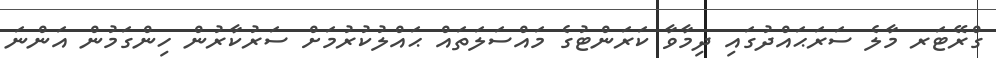
ގްރޭޓަރ މާލެ ސަރަޙައްދުގައި ދިމާވާ ކަރަންޓުގެ މައްސަލަތައް ޙައްލުކުރުމަށް ސަރުކާރުން ހިންގަމުން އަންނަ